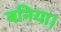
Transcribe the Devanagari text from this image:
बनिया।